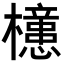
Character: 𣟥